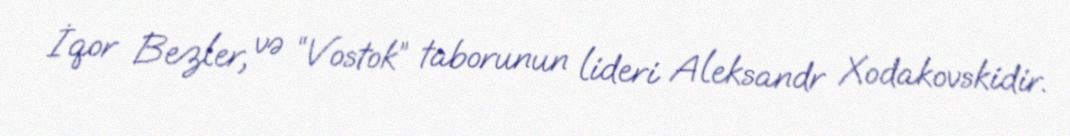
İqor Bezler, və “Vostok” taborunun lideri Aleksandr Xodakovskidir.